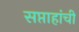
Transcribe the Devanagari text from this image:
सप्ताहांची